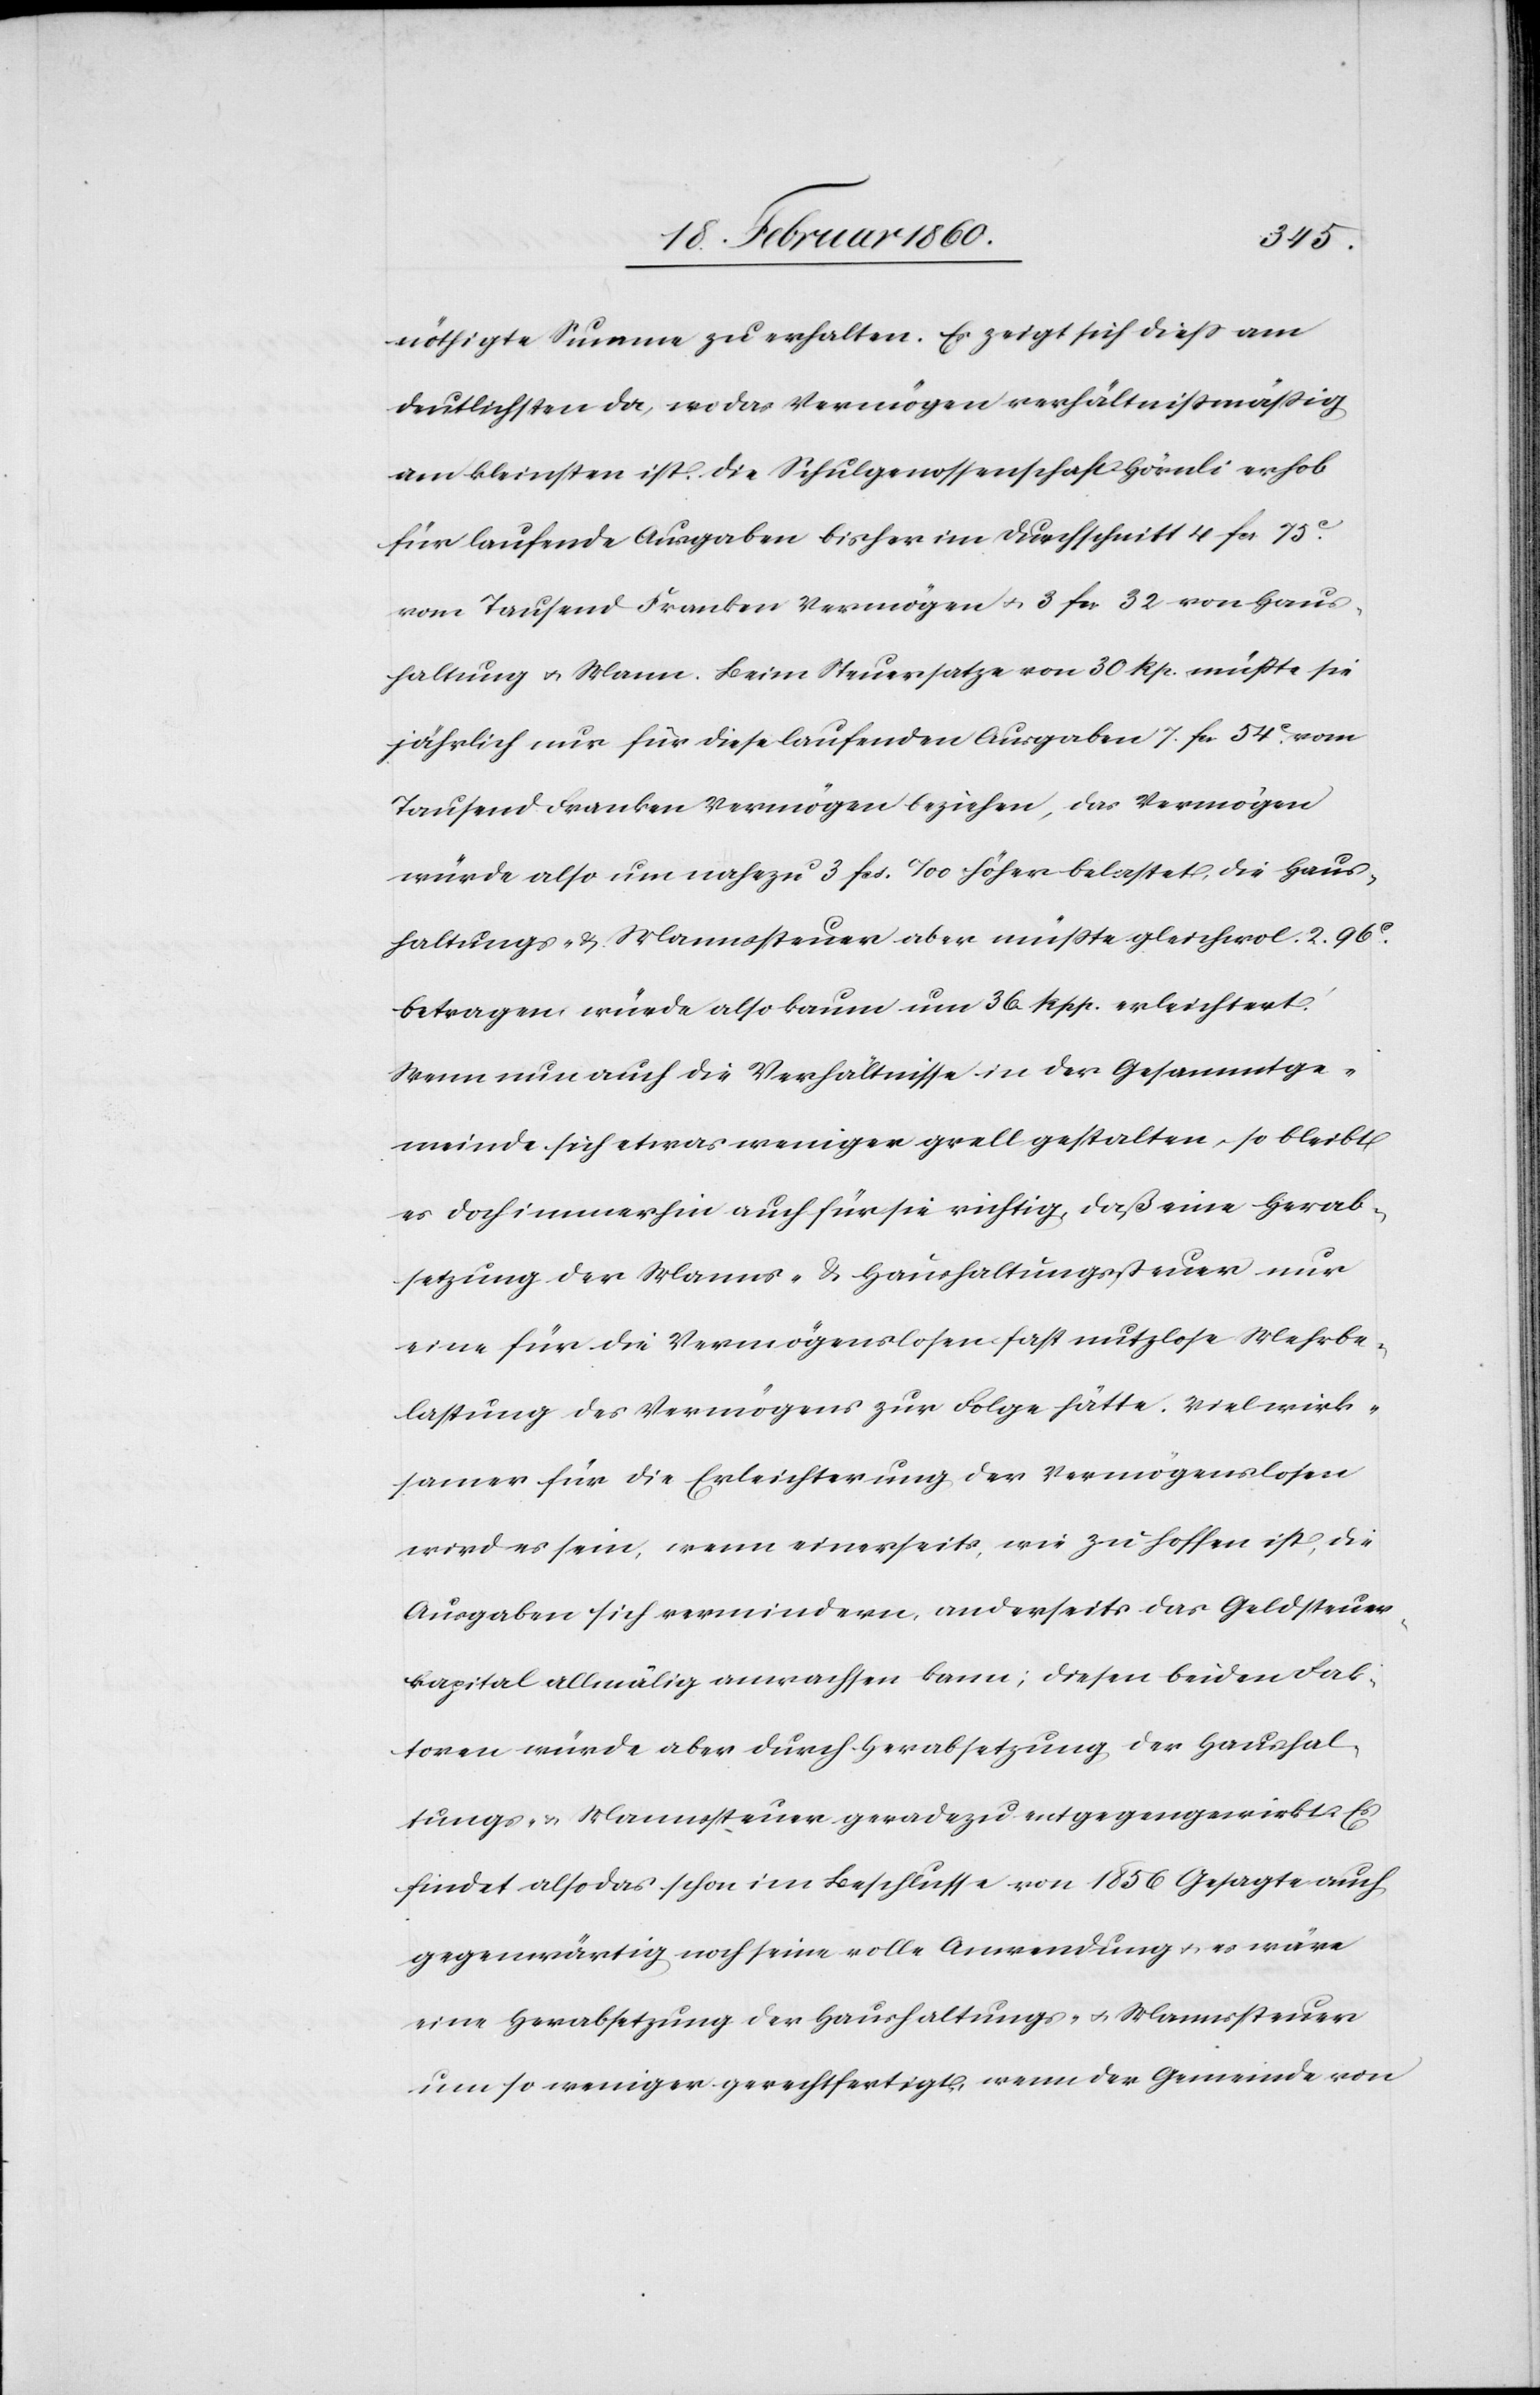
nöthigte Summe zu erhalten. Es zeigt sich diess am
deutlichsten da, wo das Vermögen verhältnissmässig
am kleinsten ist. Die Schulgenossenschaft Hörnli erhob
für laufende Ausgaben bisher im Durchschnitt 4 fcs. 75C
vom Tausend Franken Vermögen u. 3 Frk[en]. 32. von Haus¬
haltung u. Mann. Beim Steuersatze von 30 Rp. müsste sie
jährlich nur für diese laufenden Ausgaben 7 Frk[en]. 54C vom
Tausend Franken Vermögen beziehen, das Vermögen
würde also um nahezu 3 fcs. ‰ höher belastet, die Haus¬
haltungs- u. Mannssteuer aber müsste gleichwol 2. 96C
betragen, würde also kaum um 36 Rpp. erleichtert.
Wenn nun auch die Verhältnisse in der Gesammtge¬
meinde sich etwas weniger grell gestalten, so bleibt
es doch immerhin auch für die richtig, daß eine Herab¬
setzung der Manns- u. Haushaltungssteuer nur
eine für die Vermögenslosen fast nutzlose Mehrbe¬
lastung des Vermögens zur Folge hätte. Viel wirk¬
samer für die Erleichterung der Vermögenslosen
wird es sein, wenn einerseits, wie zu hoffen ist, die
Ausgaben sich vermindern, anderseits das Geldsteuer¬
kapital allmälig anwachsen kann; diesen beiden Fak¬
toren würde aber durch Herabsetzung der Haushal¬
tungs- u. Mannssteuer geradezu entgegengewirkt. Es
findet also das schon im Beschlusse von 1856 Gesagte auch
gegenwärtig noch seine volle Anwendung u. es wäre
eine Herabsetzung der Haushaltungs- u. Mannssteuer
um so weniger gerechtfertigt, wenn der Gemeinde von